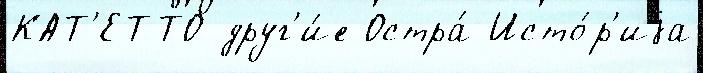
КАТ'ЕТТО друг'и́е Остра́ Исто́р'иjа